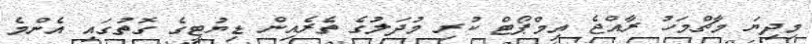
މިދިޔަ މާޗްމަހު ރާއްޖެ އިމްޕޯޓް ކުރި މުދަލުގެ ތެރެއިން ޑިޔުޓީގެ ގޮތުގައި އެންމެ